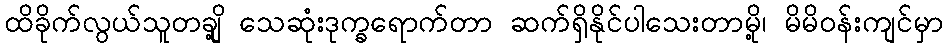
ထိခိုက်လွယ်သူတချို့ သေဆုံးဒုက္ခရောက်တာ ဆက်ရှိနိုင်ပါသေးတာမို့၊ မိမိဝန်းကျင်မှာ